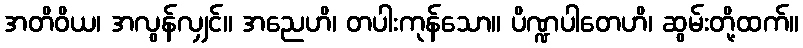
အတိဝိယ၊ အလွန်လျှင်။ အညေဟိ၊ တပါးကုန်သော။ ပိဏ္ဍပါတေဟိ၊ ဆွမ်းတို့ထက်။